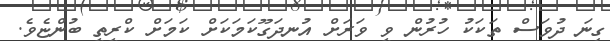
ގިނަ ދުވަސް ތަކަކު ހުރުން ވީ ވަރަށް އުނދަގޫކަމަކަށް ކަމަށް ކްރީތީ ބުންޏެވެ.